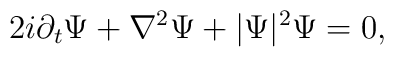
2i\partial _t\Psi + \nabla^{2}\Psi + |\Psi|^{2}\Psi = 0,